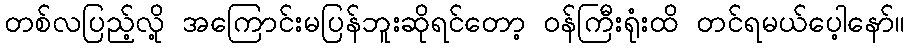
တစ်လပြည့်လို့ အကြောင်းမပြန်ဘူးဆိုရင်တော့ ဝန်ကြီးရုံးထိ တင်ရမယ်ပေ့ါနော်။